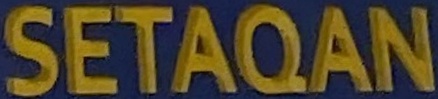
SETAQAN